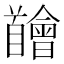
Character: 𩠴